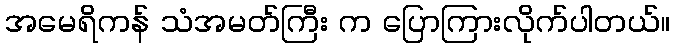
အမေရိကန် သံအမတ်ကြီး က ပြောကြားလိုက်ပါတယ်။